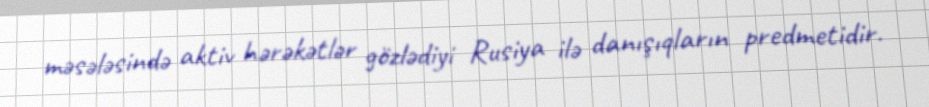
məsələsində aktiv hərəkətlər gözlədiyi Rusiya ilə danışıqların predmetidir.